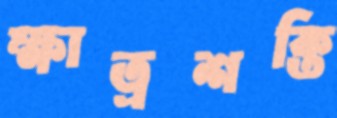
ক্ষাত্রশক্তি